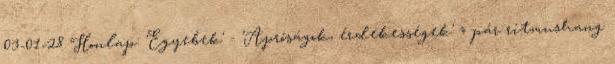
03-01-28 Honlap: 'Egyebek' - 'Apróságok, érdekességek' » pár ritmushang